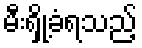
မီးရှို့ခံရသည့်